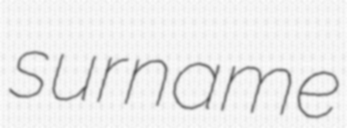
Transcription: surname